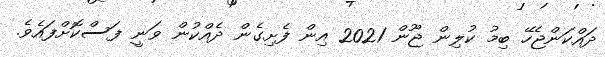
ދައްކަންޖެހޭ ބިމު ކުލިން ޖޫން 2021 އިން ފެށިގެން ދެއްކުން ވަނީ ފަސްކޮށްފައެވެ.